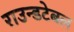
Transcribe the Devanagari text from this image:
राउन्डटेबल